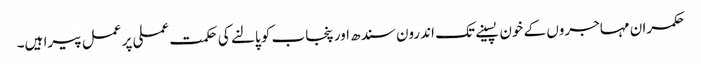
حکمران مہاجروں کے خون پسینے تک اندرون سندھ اور پنجاب کو پالنے کی حکمت عملی پر عمل پیرا ہیں۔